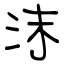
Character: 沫